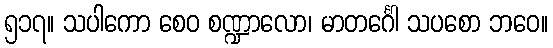
၅၁၇။ သပါကော စေဝ စဏ္ဍာလော၊ မာတင်္ဂေါ သပစော ဘဝေ။